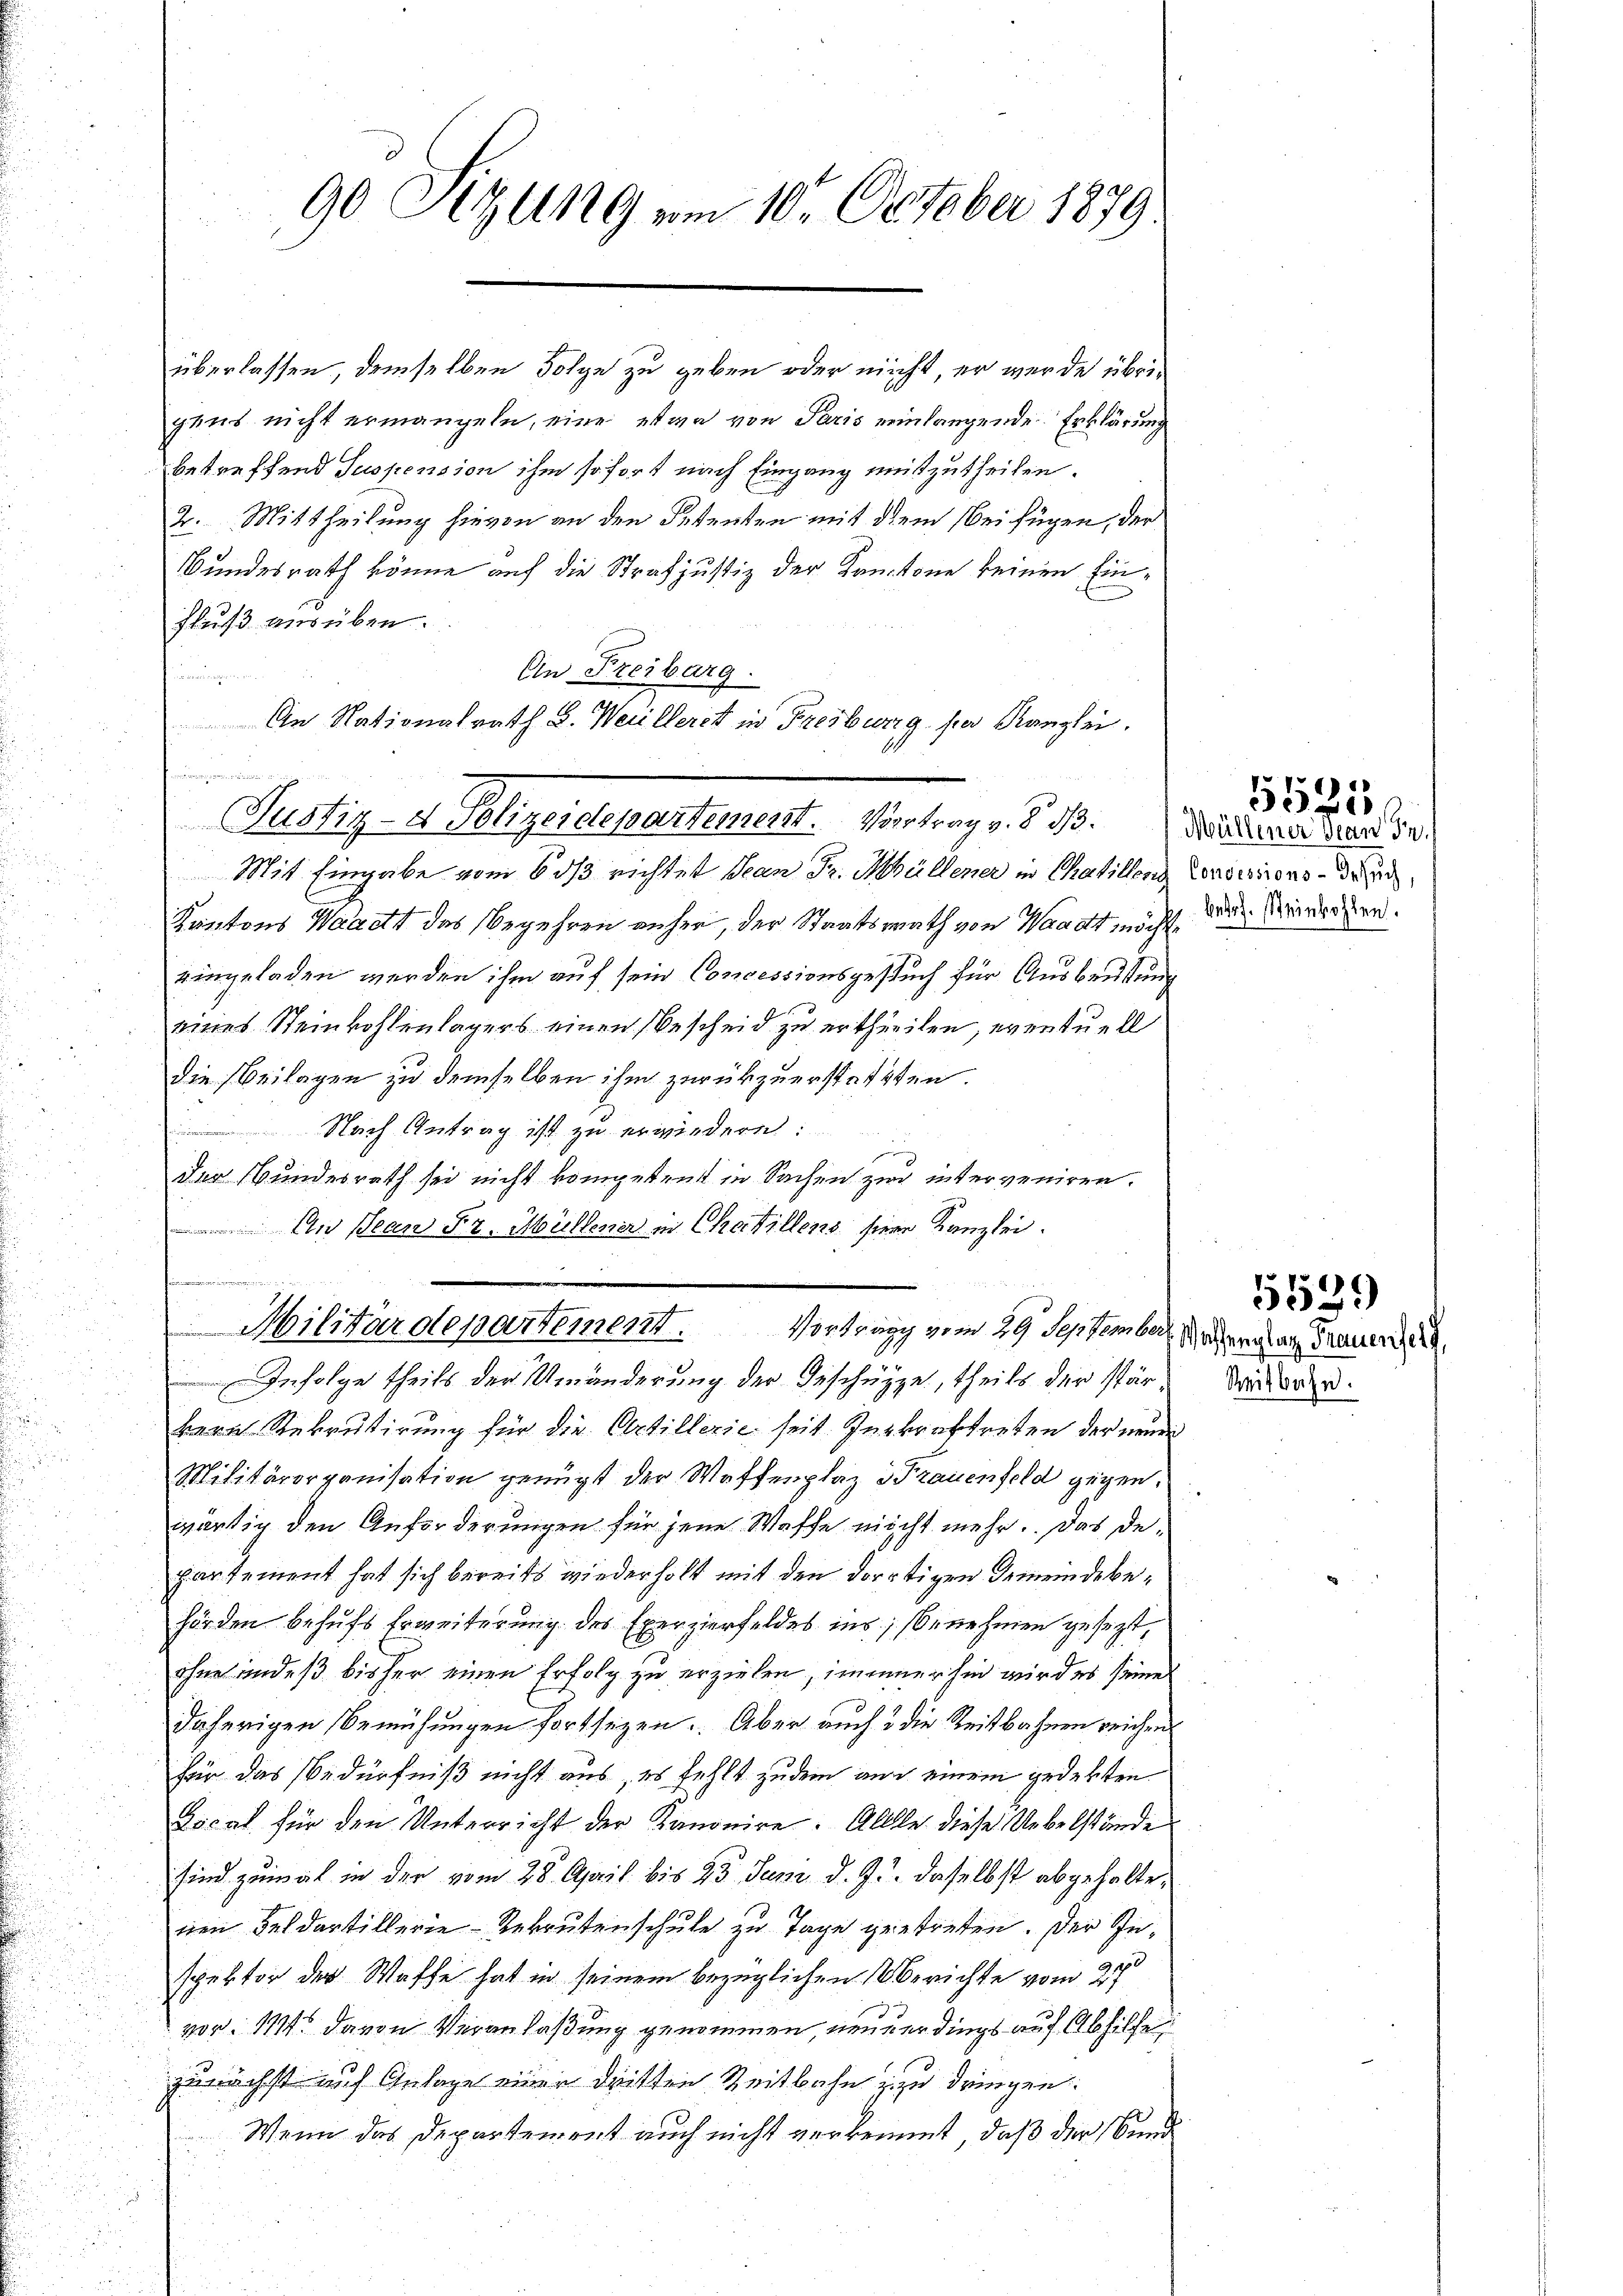
überlassen, demselben Folge zu geben oder nicht, er wurde übrigens nicht ermangeln, eine etwa von Paris einlangende Erklärung
betreffend Suspension ihm sofort nach Eingang mitzutheilen.
2. Mittheilung hievon an den Petenten mit dem sei fügen, der
Bundesrath könne auf die Strafjustiz der Kantone keinen Ein¬
Fluß ausüben.
An Freiburg.

Mit Eingabe vom 6 2/3 richtet Jean Fr. Müllener in Chaillonis
Kantons Waadt des begehren anher, der Staatsrath von Waadt möcht, die Vereiten.
eingeladen werden ihm auf sein Concessionsgesuch für Ausbeutung
eines Steinkohlenlagers einen Bescheid zu ertheilen, eventuell
die Beilagen zu demselben ihm zurückzuerstatten.
Nach Antrag ist zu erwiedern:
der Bundesrath sei nicht kompetent in Sachen zur interveniren.
An Jean Fr. Müllener in Chatillens sieer Kanzlei.
s
Militärdepartement. Vertrag vom 29. September, Nahentar Frauer
Infolge theils der Umänderung der Geschüppe, theils der stärbern Rekrutirung für die Artillerie seit Inkraftreten der neuen
Militärorganisation genügt der Waffenplaz Trauenfeld gegen.
wärtig den Anforderungen für jene Waffe nicht mehr. Das departement hat sich bereits wiederholt mit den dortigen Gemeindebehörden behufs Erweiterung des Exerzierfeldes ins; benehmen gesezt,
ohne andes bisher einen Erfolg zu erzielen, immer hin wird es seine
daherigen Bemühungen fortsezen. Aber auch 3 die Reitbahnen reichens
für das Bedürfniß nicht aus, es fehlt zudem auch einem gedekten
Fical für den Unterricht der Kanonire. Alle diese Uebelstände
sind zumal in der vom 28. April bis 23. Juni d. J. daselbst abgehaltenen Feldartillerie-Rekrutenschule zu Tage getreten. Der Inspektor der Waffe hat in seinem bezüglichen Berichte vom 27t
vor. 111 davon Veranlaßung genommen, neuerdings auf Abhilfe,
zunächst auf Gelage einen dritten Zeitbahn zu zu dringen.
Wenn das Departement auch nicht verkommt, daß der Bund

90 Sizung am 10. October 1879.

An Nationalrath L. Weilleret in Freiburg, par Kanzlei.
Justiz- & Polizeistesartement. Vortrag v. §. 3. Der dieser der 50.

Concessions - Gesuch,

Reitbahn.

5529

5525